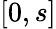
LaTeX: [0,s]